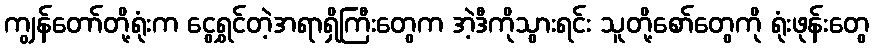
ကျွန်တော်တို့ရုံးက ငွေရွှင်တဲ့အရာရှိကြီးတွေက အဲ့ဒီကိုသွားရင်း သူတို့စော်တွေကို ရုံးဖုန်းတွေ